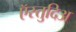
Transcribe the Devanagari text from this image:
ऍस्तुदिअ